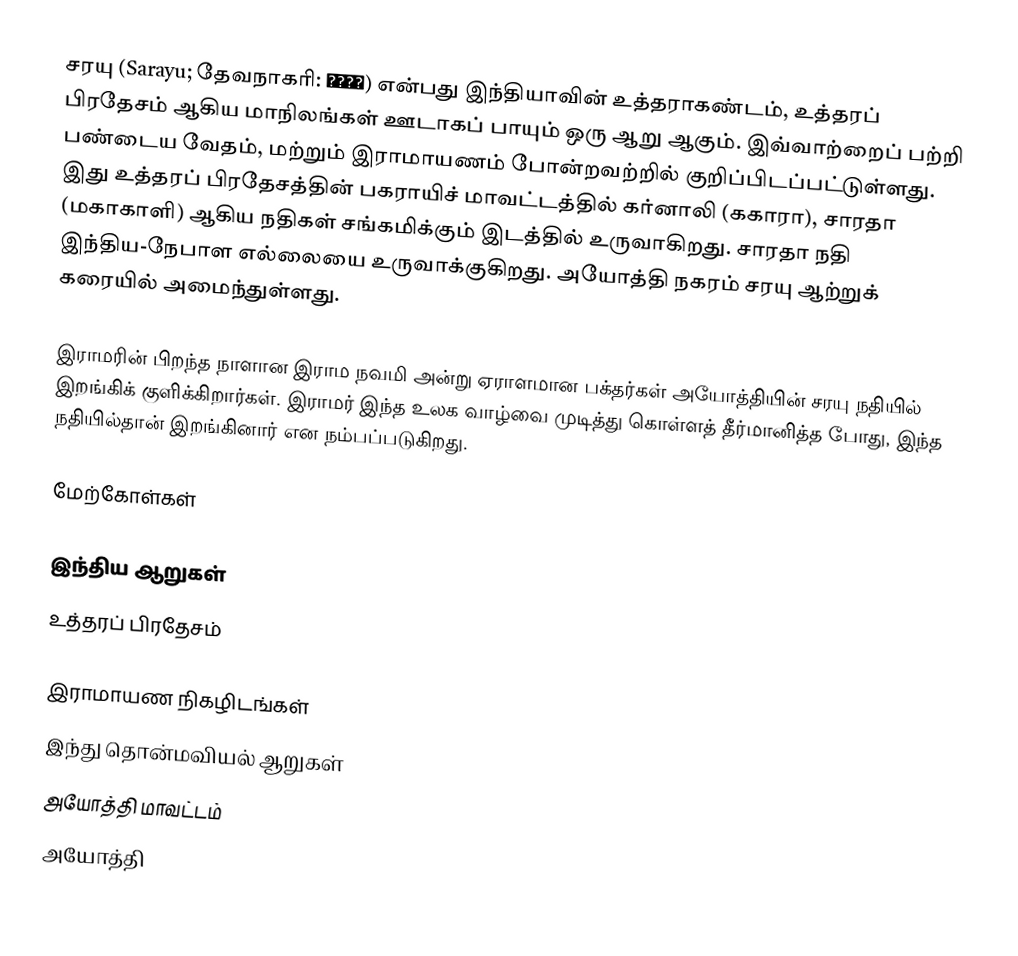
சரயு (Sarayu; தேவநாகரி: सरयु) என்பது இந்தியாவின் உத்தராகண்டம், உத்தரப் பிரதேசம் ஆகிய மாநிலங்கள் ஊடாகப் பாயும் ஒரு ஆறு ஆகும். இவ்வாற்றைப் பற்றி பண்டைய வேதம், மற்றும் இராமாயணம் போன்றவற்றில் குறிப்பிடப்பட்டுள்ளது. இது உத்தரப் பிரதேசத்தின் பகராயிச் மாவட்டத்தில் கர்னாலி (ககாரா), சாரதா (மகாகாளி) ஆகிய நதிகள் சங்கமிக்கும் இடத்தில் உருவாகிறது. சாரதா நதி இந்திய-நேபாள எல்லையை உருவாக்குகிறது. அயோத்தி நகரம் சரயு ஆற்றுக் கரையில் அமைந்துள்ளது.

இராமரின் பிறந்த நாளான இராம நவமி அன்று ஏராளமான பக்தர்கள் அயோத்தியின் சரயு நதியில் இறங்கிக் குளிக்கிறார்கள். இராமர் இந்த உலக வாழ்வை முடித்து கொள்ளத் தீர்மானித்த போது, இந்த நதியில்தான் இறங்கினார் என நம்பப்படுகிறது.

மேற்கோள்கள்

இந்திய ஆறுகள்
உத்தரப் பிரதேசம்

இராமாயண நிகழிடங்கள்
இந்து தொன்மவியல் ஆறுகள்
அயோத்தி மாவட்டம்
அயோத்தி